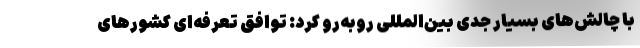
با چالش‌های بسیار جدی بین‌المللی روبه‌رو کرد: توافقِ تعرفه‌ای کشورهای